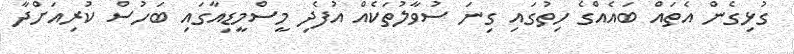
ގުޅިގެން އެތައް ބައެއްގެ ހިތުގައި ގިނަ ސުވާލުތަކެއް އުފެދި މީސްމީޑިއާގައި ބަހުސް ކުރިއަށްދާ